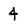
Character: 4